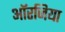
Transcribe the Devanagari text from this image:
ऑरजिया